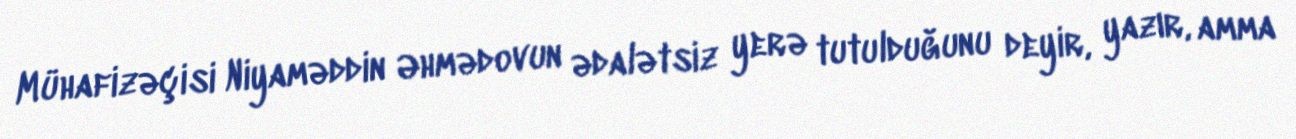
Mühafizəçisi Niyaməddin Əhmədovun ədalətsiz yerə tutulduğunu deyir, yazır, amma